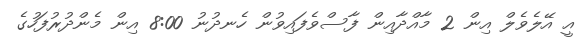
އީ އޭލެވެލް އިން 2 މާއްދާއިން ފާސްވެފައިވުން ހެނދުނު 8:00 އިން މެންދުރުފަހުގެ